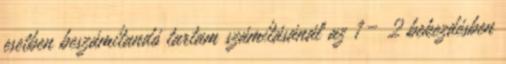
esetben beszámítandó tartam számításánál az 1 – 2 bekezdésben